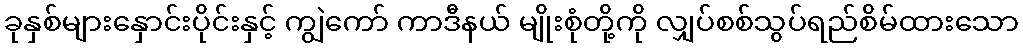
ခုနှစ်များနှောင်းပိုင်းနှင့် ကျွဲကော် ကာဒီနယ် မျိုးစုံတို့ကို လျှပ်စစ်သွပ်ရည်စိမ်ထားသော